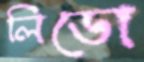
লিডো